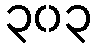
၃၀၃